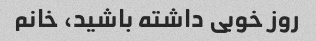
روز خوبی داشته باشید، خانم